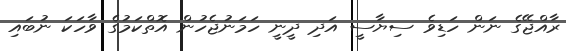
ރާއްޖޭގެ ނަން ހަޑިވެ ސިޔާސީ އަދި ދީނީ ހަމަނުޖެހުން އޮތްކަމުގެ ވާހަކަ ނުބައި